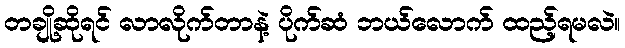
တချို့ဆိုရင် လာလိုက်တာနဲ့ ပိုက်ဆံ ဘယ်လောက် ထည့်ရမလဲ။